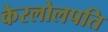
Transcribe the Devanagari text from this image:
केरलोलपति